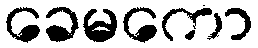
ခေမကော